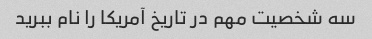
سه شخصیت مهم در تاریخ آمریکا را نام ببرید